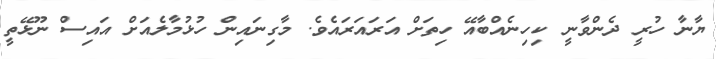
ޔާނާ ހުރީ ދެންވާނީ ކިހިނެއްބާއޭ ހިތަށް އަރައަރައެވެ. މާގިނައިން ހުޅުމާލެއަށް އައިސް ނޫޅޭތީ